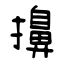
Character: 擤